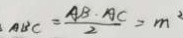
A B C = \frac { A B \cdot A C } { 2 } = m ^ { 2 }